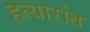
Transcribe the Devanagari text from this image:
हत्यारांत